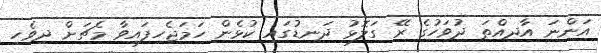
އަންނަ އާދިއްތަ ދުވަހުގެ ރޭ ގަލޮޅު ދަނޑުގައި ކުޅެން ހަމަޖެހިފައިވާ މެޗަށް ދިވެހި